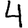
Digit: 4